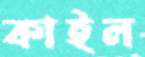
কাইল